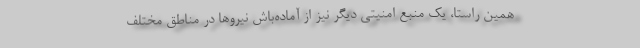
همین راستا، یک منبع امنیتی دیگر نیز از آماده‌باش نیروها در مناطق مختلف